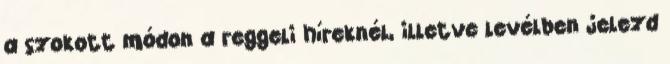
a szokott módon a reggeli híreknél, illetve levélben jelezd